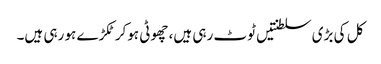
کل کی بڑی سلطنتیں ٹوٹ رہی ہیں، چھوٹی ہوکر ٹکڑے ہو رہی ہیں۔